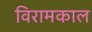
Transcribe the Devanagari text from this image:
विरामकाल